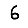
Digit: 6